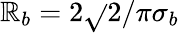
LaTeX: \mathbb{R}_{b}=2\sqrt{}{{2/\pi}}\sigma_{b}